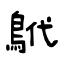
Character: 鴏